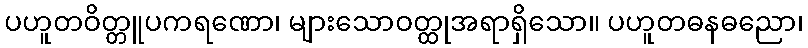
ပဟူတဝိတ္တူပကရဏော၊ များသောဝတ္ထုအရာရှိသော။ ပဟူတဓနဓညော၊